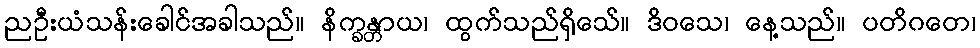
ညဦးယံသန်းခေါင်အခါသည်။ နိက္ခန္တာယ၊ ထွက်သည်ရှိသေ်။ ဒိဝသေ၊ နေ့သည်။ ပတိဂတေ၊